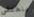
ينخفض